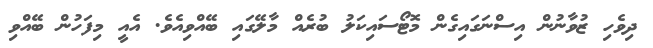
ދިވެހި ޒުވާނުން އިސްނަގައިގެން މޮޓޯސައިކަލު ބުރެއް މާލޭގައި ބޭއްވިއެވެ. އެއީ މިފަހުން ބޭއްވި